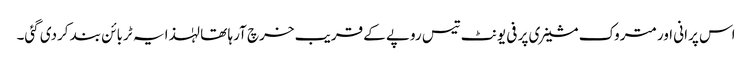
اس پرانی اور متروک مشینری پر فی یونٹ تیس روپے کے قریب خرچ آرہا تھا لہٰذا یہ ٹربائن بند کردی گئی۔